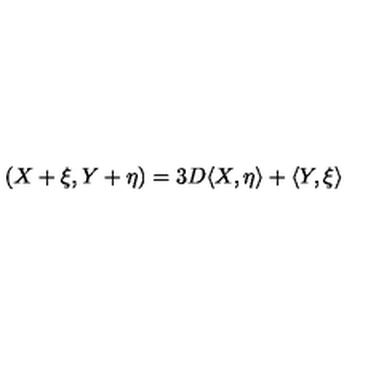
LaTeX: ( X + \xi , Y + \eta ) = 3 D \langle X , \eta \rangle + \langle Y , \xi \rangle